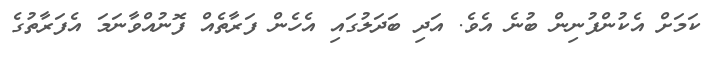
ކަމަށް އެކުންފުނިން ބުނެ އެވެ. އަދި ބަދަލުގައި އެހެން ފަރާތެއް ފޮނުއްވާނަމަ އެފަރާތުގެ